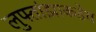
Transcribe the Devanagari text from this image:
लुफ्तांझाकडेच